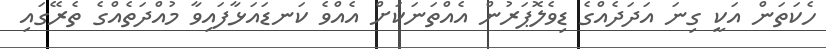
ހެކަތަން އަކީ ގިނަ އަދަދެއްގެ ޑިވެލޮޕަރުން އެއްތަނަކަށް އެއްވެ ކަނޑައަޅާފައިވާ މުއްދަތެއްގެ ތެރޭގައި